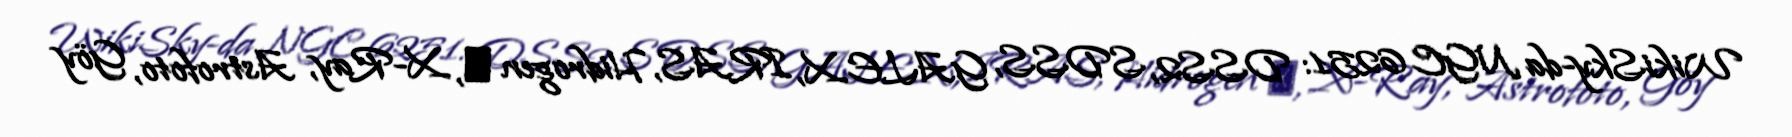
WikiSky-da NGC 6251: DSS2, SDSS, GALEX, IRAS, Hidrogen α, X-Ray, Astrofoto, Göy